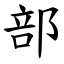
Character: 部